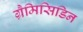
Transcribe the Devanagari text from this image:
ग्रैमिसिडिन